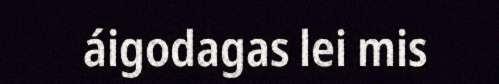
áigodagas lei mis